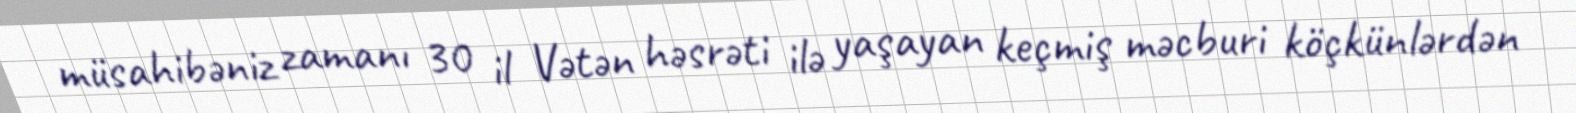
müsahibəniz zamanı 30 il Vətən həsrəti ilə yaşayan keçmiş məcburi köçkünlərdən